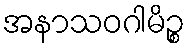
အနာသဝဂါမိဉ္စ